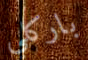
باركلي